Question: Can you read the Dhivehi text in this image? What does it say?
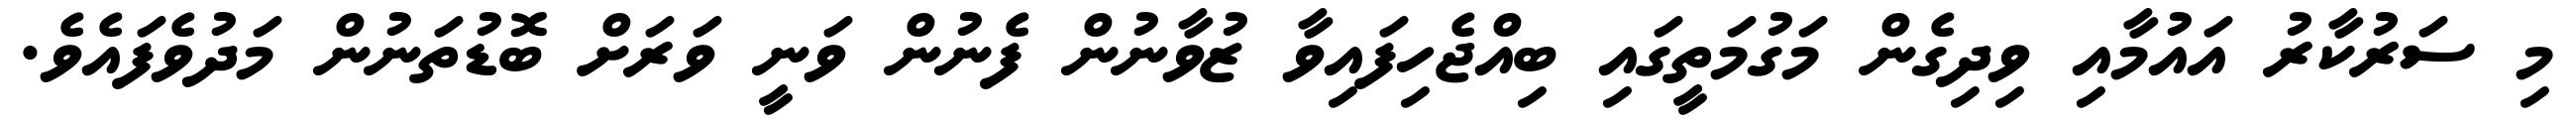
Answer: މި ސަރުކާރު އައުމާއި ވިދިގެން މަގުމަތީގައި ބިއްޖެހިފައިވާ ޒުވާނުން ފެނުން ވަނީ ވަރަށް ބޮޑުތަނުން މަދުވެފައެވެ.